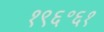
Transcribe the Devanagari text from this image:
१९६॰६१